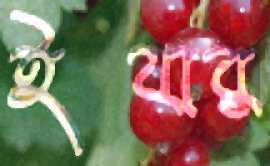
ইথার